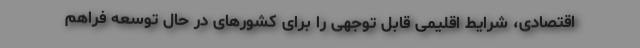
اقتصادی، شرایط اقلیمی قابل توجهی را برای کشورهای در حال توسعه فراهم